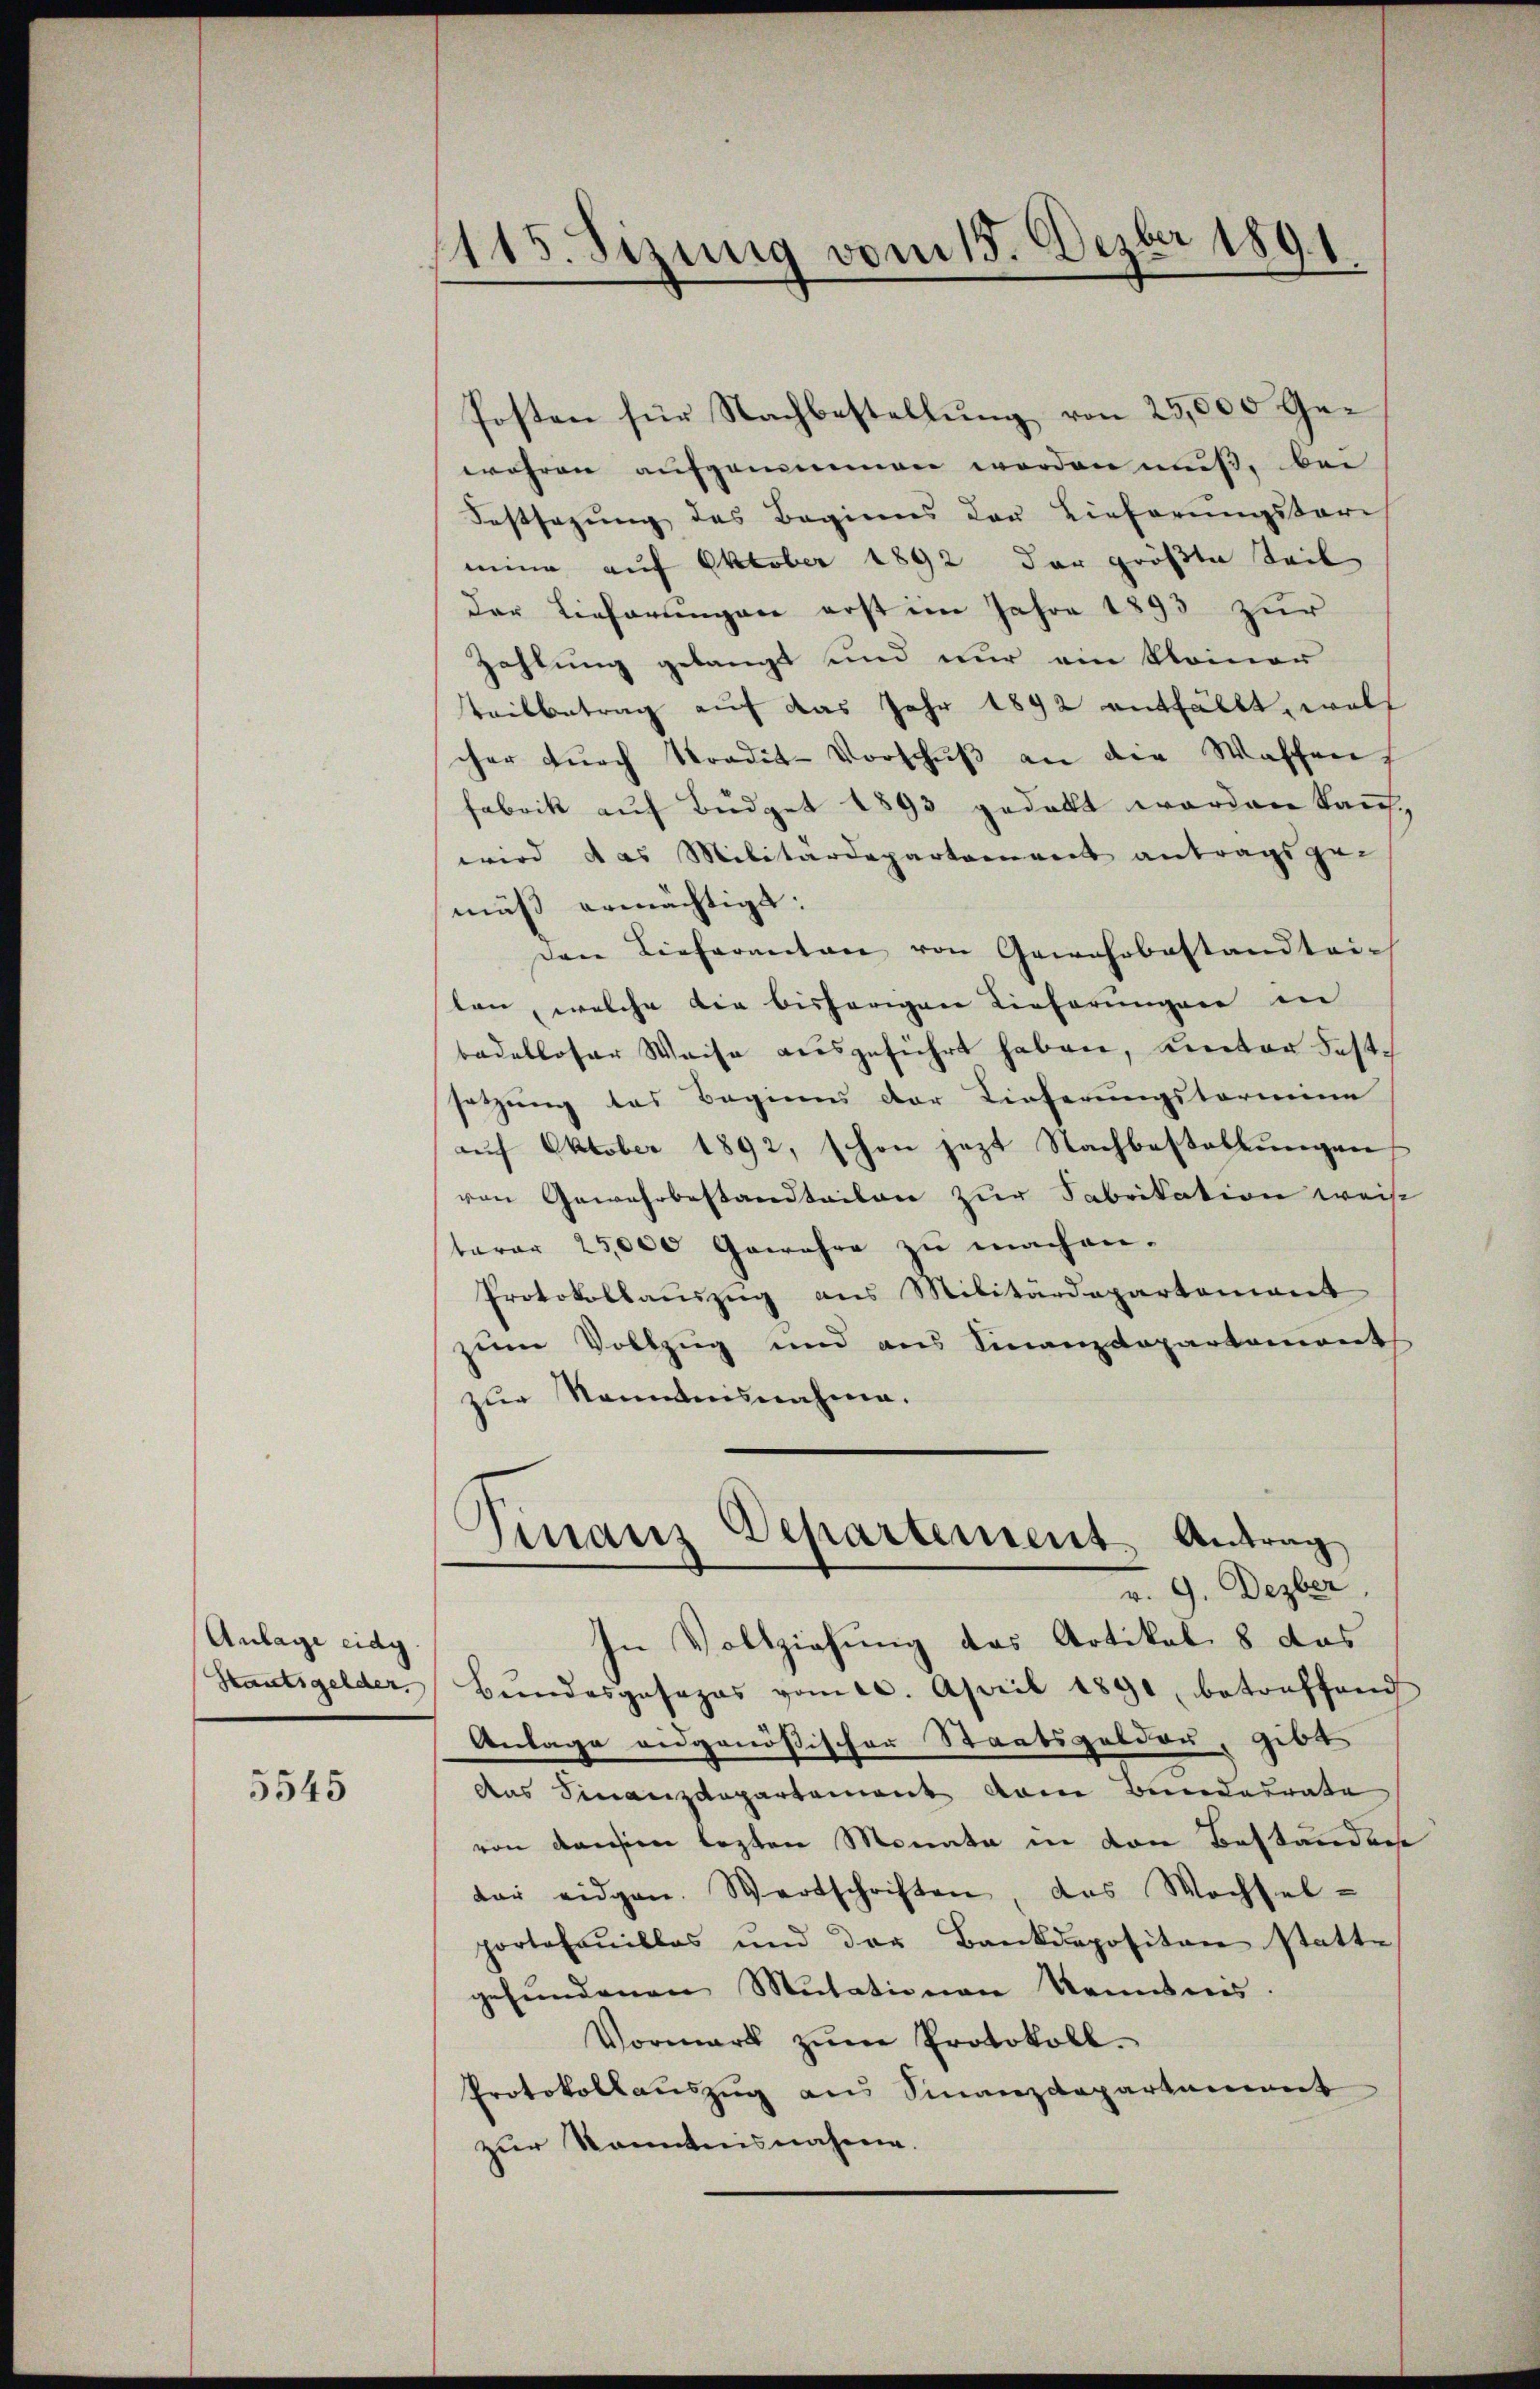
Anlage eidg

5545

115. Sizung vom 15. Dezbr 1891.

Posten für Nachbestellung von 25,000 Gewähren aufgrummen werden muß, bei
Festsezung des Beginnes der Lieferungsbare
mine auf Oktober 1892 der größte Teil
der Lieferungen erst im Jahre 1893 zur
Zahlung gelangt und nur ein kleiner
teilbetrag auf das Jahr 1892 entfällt, woll
cher dŭrch Tradit-Vorschŭβ an die Waschen
fabrik auf Büdget 1893 gedeckt worden kauf,
wird das Militärdepartement antragsge-
muß ermächtigt.
Den Lieferanton von Gewehrbestandtrich
ten, welche die bisherigen Lieferungen in
badelloser Weise ausgeführt haben, Kereter Festh
setzung das Beginns der Lieferungstermine
auf Oktober 1892, schon jezt Nachbestellungen
von Gewehrbestandteilen zur Fabrikation weis
tarar 25,000 Gewehre zu machen.
Protokollauszug aus Militärdepartement
zum Vollzug und aus Finanzdepartement
zur Kenntnisnahme.
Finanz Departement. Antrag
v. 9. Dezber
In Vollziehung das Artikal 8 das
Staatsgelder. Bŭndesgosazas vom 20. April 1891, betreffend
Anlage eidgenößischer Staatsgelder, gibt
das Finanzdepartement dem Bundesrate
von densen lezten Monata in von Beständen
dar eidgen. Wertschriften, das Wochsel-
portehaillos und der Bankdepositon statte
gefŭndenen Mutationen kanntnis.
Vormark zŭm Protokoll.
Protokollauszug aus Finanzdepartement
zur Kenntnisnahme.